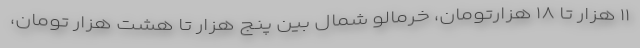
۱۱ هزار تا ۱۸ هزارتومان، خرمالو شمال بین پنج هزار تا هشت هزار تومان،